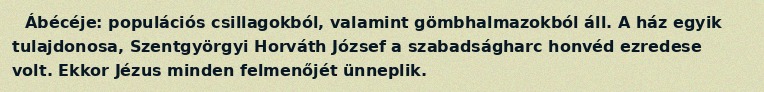
Ábécéje: populációs csillagokból, valamint gömbhalmazokból áll. A ház egyik tulajdonosa, Szentgyörgyi Horváth József a szabadságharc honvéd ezredese volt. Ekkor Jézus minden felmenőjét ünneplik.